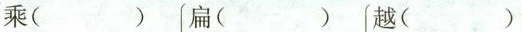
乘( ) 扁( ) 越( )